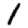
Digit: 1